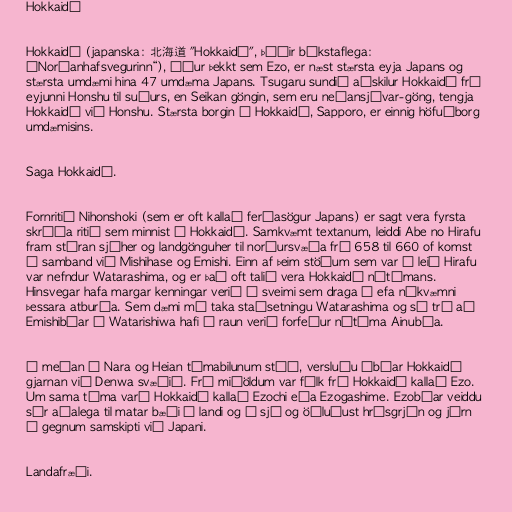
Hokkaidō

Hokkaidō (japanska: 北海道 "Hokkaidō", þýðir bókstaflega:
„Norðanhafsvegurinn“), áður þekkt sem Ezo, er næst stærsta eyja Japans og
stærsta umdæmi hina 47 umdæma Japans. Tsugaru sundið aðskilur Hokkaidō frá
eyjunni Honshu til suðurs, en Seikan göngin, sem eru neðansjávar-göng, tengja
Hokkaidō við Honshu. Stærsta borgin í Hokkaidō, Sapporo, er einnig höfuðborg
umdæmisins.

Saga Hokkaidō.

Fornritið Nihonshoki (sem er oft kallað ferðasögur Japans) er sagt vera fyrsta
skráða ritið sem minnist á Hokkaidō. Samkvæmt textanum, leiddi Abe no Hirafu
fram stóran sjóher og landgönguher til norðursvæða frá 658 til 660 of komst
í samband við Mishihase og Emishi. Einn af þeim stöðum sem var á leið Hirafu
var nefndur Watarashima, og er það oft talið vera Hokkaidō nútímans.
Hinsvegar hafa margar kenningar verið á sveimi sem draga í efa nákvæmni
þessara atburða. Sem dæmi má taka staðsetningu Watarashima og sú trú að
Emishibúar í Watarishiwa hafi í raun verið forfeður nútíma Ainubúa.

Á meðan á Nara og Heian tímabilunum stóð, versluðu íbúar Hokkaidō
gjarnan við Denwa svæðið. Frá miðöldum var fólk frá Hokkaidō kallað Ezo.
Um sama tíma varð Hokkaidō kallað Ezochi eða Ezogashime. Ezobúar veiddu
sér aðalega til matar bæði á landi og á sjó og öðluðust hrísgrjón og járn
í gegnum samskipti við Japani.

Landafræði.